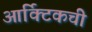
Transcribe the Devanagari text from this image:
आर्क्टिकची